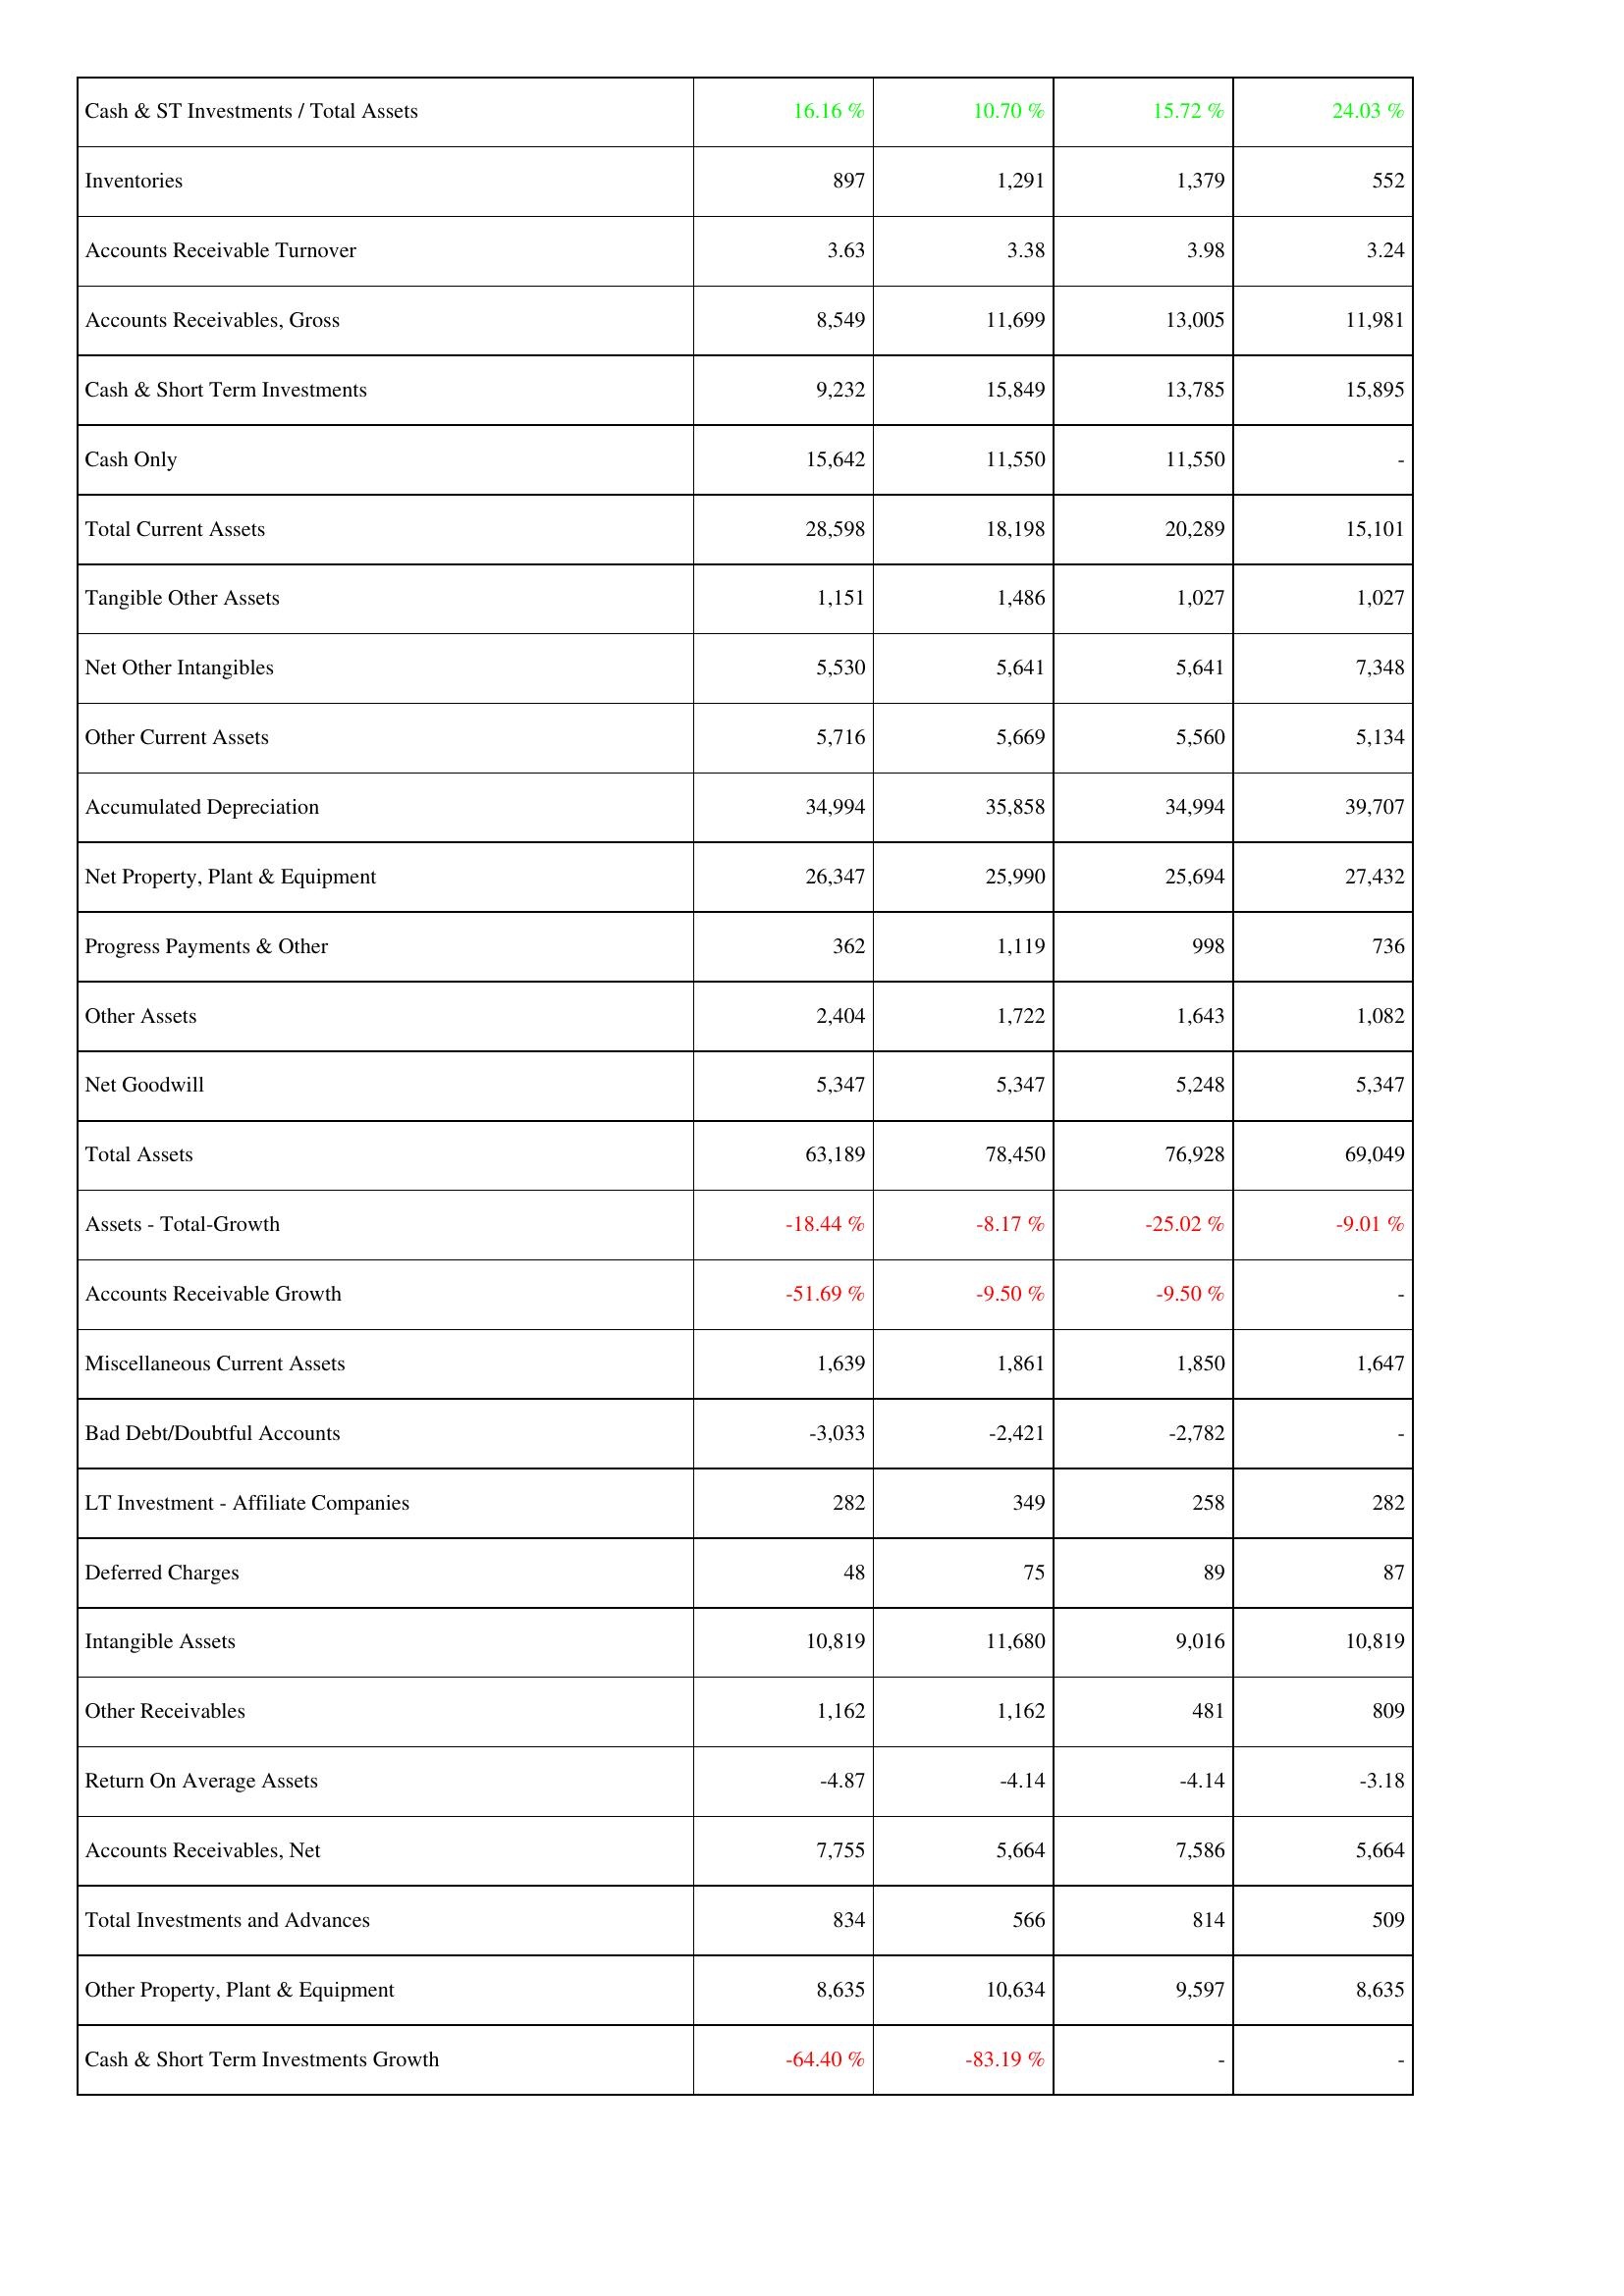
2007: Assets: Cash & ST Investments / Total Assets: 16.16 %
Inventories: 897
Accounts Receivable Turnover: 3.63
Accounts Receivables, Gross: 8,549
Cash & Short Term Investments: 9,232
Cash Only: 15,642
Total Current Assets: 28,598
Tangible Other Assets: 1,151
Net Other Intangibles: 5,530
Other Current Assets: 5,716
Accumulated Depreciation: 34,994
Net Property, Plant & Equipment: 26,347
Progress Payments & Other: 362
Other Assets: 2,404
Net Goodwill: 5,347
Total Assets: 63,189
Assets - Total-Growth: -18.44 %
Accounts Receivable Growth: -51.69 %
Miscellaneous Current Assets: 1,639
Bad Debt/Doubtful Accounts: -3,033
LT Investment - Affiliate Companies: 282
Deferred Charges: 48
Intangible Assets: 10,819
Other Receivables: 1,162
Return On Average Assets: -4.87
Accounts Receivables, Net: 7,755
Total Investments and Advances: 834
Other Property, Plant & Equipment: 8,635
Cash & Short Term Investments Growth: -64.40 %
2008: Assets: Cash & ST Investments / Total Assets: 10.70 %
Inventories: 1,291
Accounts Receivable Turnover: 3.38
Accounts Receivables, Gross: 11,699
Cash & Short Term Investments: 15,849
Cash Only: 11,550
Total Current Assets: 18,198
Tangible Other Assets: 1,486
Net Other Intangibles: 5,641
Other Current Assets: 5,669
Accumulated Depreciation: 35,858
Net Property, Plant & Equipment: 25,990
Progress Payments & Other: 1,119
Other Assets: 1,722
Net Goodwill: 5,347
Total Assets: 78,450
Assets - Total-Growth: -8.17 %
Accounts Receivable Growth: -9.50 %
Miscellaneous Current Assets: 1,861
Bad Debt/Doubtful Accounts: -2,421
LT Investment - Affiliate Companies: 349
Deferred Charges: 75
Intangible Assets: 11,680
Other Receivables: 1,162
Return On Average Assets: -4.14
Accounts Receivables, Net: 5,664
Total Investments and Advances: 566
Other Property, Plant & Equipment: 10,634
Cash & Short Term Investments Growth: -83.19 %
2009: Assets: Cash & ST Investments / Total Assets: 15.72 %
Inventories: 1,379
Accounts Receivable Turnover: 3.98
Accounts Receivables, Gross: 13,005
Cash & Short Term Investments: 13,785
Cash Only: 11,550
Total Current Assets: 20,289
Tangible Other Assets: 1,027
Net Other Intangibles: 5,641
Other Current Assets: 5,560
Accumulated Depreciation: 34,994
Net Property, Plant & Equipment: 25,694
Progress Payments & Other: 998
Other Assets: 1,643
Net Goodwill: 5,248
Total Assets: 76,928
Assets - Total-Growth: -25.02 %
Accounts Receivable Growth: -9.50 %
Miscellaneous Current Assets: 1,850
Bad Debt/Doubtful Accounts: -2,782
LT Investment - Affiliate Companies: 258
Deferred Charges: 89
Intangible Assets: 9,016
Other Receivables: 481
Return On Average Assets: -4.14
Accounts Receivables, Net: 7,586
Total Investments and Advances: 814
Other Property, Plant & Equipment: 9,597
Cash & Short Term Investments Growth: -
2010: Assets: Cash & ST Investments / Total Assets: 24.03 %
Inventories: 552
Accounts Receivable Turnover: 3.24
Accounts Receivables, Gross: 11,981
Cash & Short Term Investments: 15,895
Cash Only: -
Total Current Assets: 15,101
Tangible Other Assets: 1,027
Net Other Intangibles: 7,348
Other Current Assets: 5,134
Accumulated Depreciation: 39,707
Net Property, Plant & Equipment: 27,432
Progress Payments & Other: 736
Other Assets: 1,082
Net Goodwill: 5,347
Total Assets: 69,049
Assets - Total-Growth: -9.01 %
Accounts Receivable Growth: -
Miscellaneous Current Assets: 1,647
Bad Debt/Doubtful Accounts: -
LT Investment - Affiliate Companies: 282
Deferred Charges: 87
Intangible Assets: 10,819
Other Receivables: 809
Return On Average Assets: -3.18
Accounts Receivables, Net: 5,664
Total Investments and Advances: 509
Other Property, Plant & Equipment: 8,635
Cash & Short Term Investments Growth: -